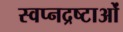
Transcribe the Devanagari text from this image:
स्वप्नद्रष्टाओं